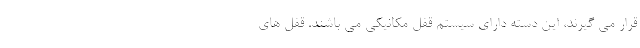
قرار می­ گیرند، این دسته دارای سیستم قفل مکانیکی می­ باشند. قفل­ های